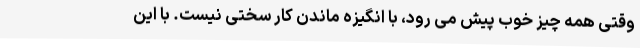
وقتی همه چیز خوب پیش می رود، با انگیزه ماندن کار سختی نیست. با این